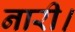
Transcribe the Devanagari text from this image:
नारी।